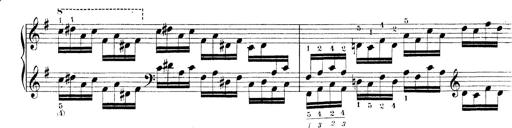
Title: Technische Studien
Composer: Franz Liszt